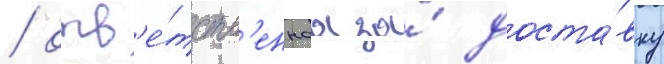
/ отв'е́тств'еннаа за́ доста́вку